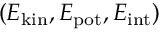
( E _ { \mathrm { k i n } } , E _ { \mathrm { p o t } } , E _ { \mathrm { i n t } } )